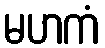
မဟကံ